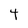
Character: 4